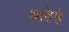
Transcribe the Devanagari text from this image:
आहेहे